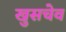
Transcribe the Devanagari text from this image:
खुसचेव